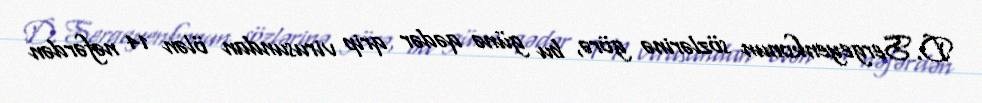
D.Sergeyenkonun sözlərinə görə, bu günə qədər qrip virusundan ölən 14 nəfərdən